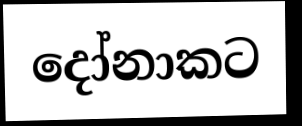
දෝනාකට